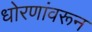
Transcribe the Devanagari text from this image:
धोरणांवरून